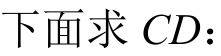
下面求 \(CD\)：